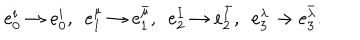
LaTeX: e _ { 0 } ^ { i } \to e _ { 0 } ^ { i } , ~ ~ e _ { 1 } ^ { \mu } \to e _ { 1 } ^ { \bar { \mu } } , ~ ~ e _ { 2 } ^ { I } \to e _ { 2 } ^ { \bar { I } } , ~ ~ e _ { 3 } ^ { \lambda } \to e _ { 3 } ^ { \bar { \lambda } } .